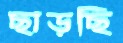
ছাড়ছি